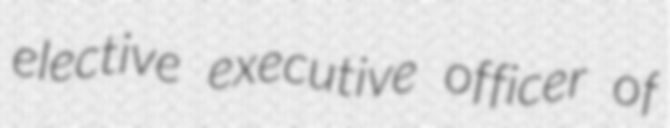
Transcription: elective executive officer of